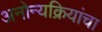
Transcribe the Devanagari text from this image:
अनोन्यक्रियांचा